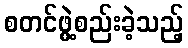
စတင်ဖွဲ့စည်းခဲ့သည့်